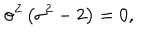
\sigma ^ { 2 } \left( \sigma ^ { 2 } - 2 \right) = 0 ,